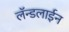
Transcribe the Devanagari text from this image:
लॅन्डलाईन